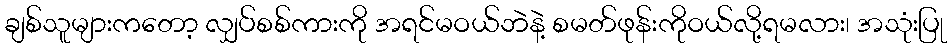
ချစ်သူများကတော့ လျှပ်စစ်ကားကို အရင်မဝယ်ဘဲနဲ့ စမတ်ဖုန်းကိုဝယ်လို့ရမလား၊ အသုံးပြု